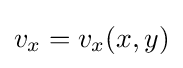
v_{x}=v_{x}(x,y)